Destruction of fleas by exposure to the sun - Number 40
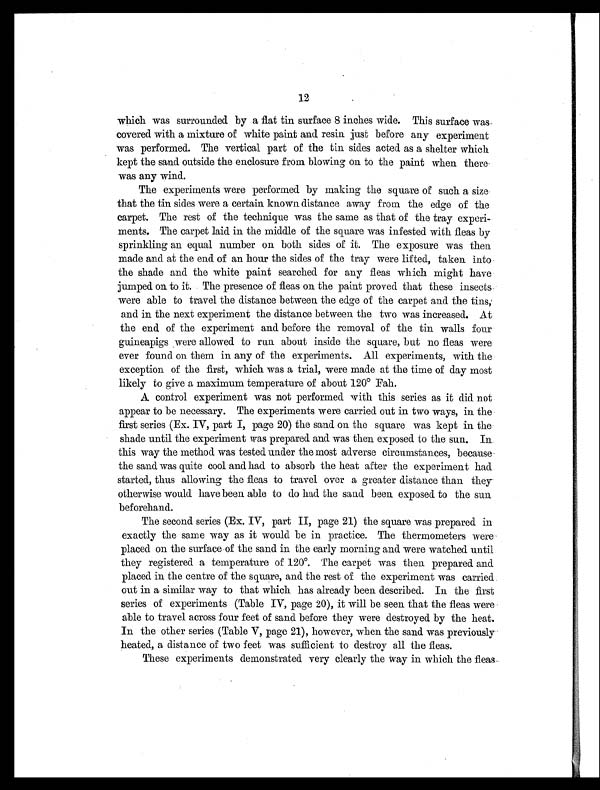
12
which was surrounded by a flat tin surface 8 inches wide. This surface was
covered with a mixture of white paint and resin just before any experiment
was performed. The vertical part of the tin sides acted as a shelter which
kept the sand outside the enclosure from blowing on to the paint when there
was any wind.
The experiments were performed by making the square of such a size
that the tin sides were a certain known distance away from the edge of the
carpet. The rest of the technique was the same as that of the tray experi-
ments. The carpet laid in the middle of the square was infested with fleas by
sprinkling an equal number on both sides of it. The exposure was then
made and at the end of an hour the sides of the tray were lifted, taken into
the shade and the white paint searched for any fleas which might have
jumped on to it. The presence of fleas on the paint proved that these insects
were able to travel the distance between the edge of the carpet and the tins,
and in the next experiment the distance between the two was increased. At
the end of the experiment and before the removal of the tin walls four
guineapigs were allowed to run about inside the square, but no fleas were
ever found on them in any of the experiments. All experiments, with the
exception of the first, which was a trial, were made at the time of day most
likely to give a maximum temperature of about 120° Fah.
A control experiment was not performed with this series as it did not
appear to be necessary. The experiments were carried out in two ways, in the
first series (Ex. IV, part I, page 20) the sand on. the square was kept in the
shade until the experiment was prepared and was then exposed to the sun. In.
this way the method was tested under the most adverse circumstances, because
the sand was quite cool and had to absorb the heat after the experiment had
started, thus allowing the fleas to travel over a greater distance than they
otherwise would have been able to do had the sand been exposed to the sun
beforehand.
The second series (Ex. IV, part II, page 21) the square was prepared in
exactly the same way as it would be in practice. The thermometers were
placed on the surface of the sand in the early morning and were watched until
they registered a temperature of 120°. The carpet was then prepared and
placed in the centre of the square, and the rest of the experiment was carried
out in a similar way to that which has already been described. In the first
series of experiments (Table IV, page 20), it will be seen that the fleas were
able to travel across four feet of sand before they were destroyed by the heat.
In the other series (Table V, page 21), however, when the sand was previously
heated, a distance of two feet was sufficient to destroy all the fleas.
These experiments demonstrated very clearly the way in which the fleas